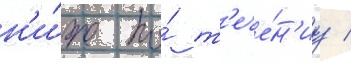
н'и́же по́ т'ече́н'иу /